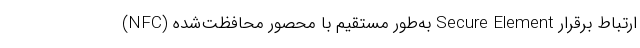
(NFC) به‌طور مستقیم با محصور محافظت‌شده Secure Element ارتباط برقرار